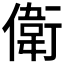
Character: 𬿭